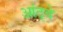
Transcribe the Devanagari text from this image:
आंठ्वे